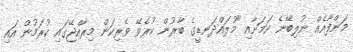
މަންފާއެއް ނުލިބޭނެ ކަމަށާއި "މުލައްދަނޑީގެ ބާރުން ކުރެވޭ ވެރިކަން މިރާއްޖޭގައި ކުރަމުން އައި